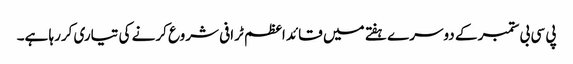
پی سی بی ستمبر کے دوسرے ہفتے میں قائد اعظم ٹرافی شروع کرنے کی تیاری کررہا ہے۔